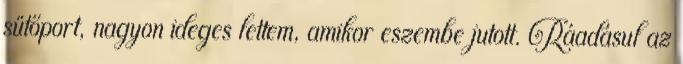
sütőport, nagyon ideges lettem, amikor eszembe jutott. Ráadásul az